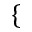
\{